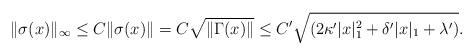
LaTeX: \begin{align*} \|\sigma(x)\|_\infty \le C\|\sigma(x)\| =C\sqrt{\|\Gamma(x)\|} \le C' \sqrt{\left( 2 \kappa' |x|_1^2 +\delta' |x|_1 +\lambda'\right)}.\end{align*}